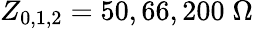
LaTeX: Z_{0,1,2}=50,66,200\; \Omega